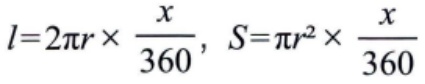
\(l = 2\pi r\times\frac{x}{360},\ S=\pi r^{2}\times\frac{x}{360}\)